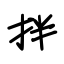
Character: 拌